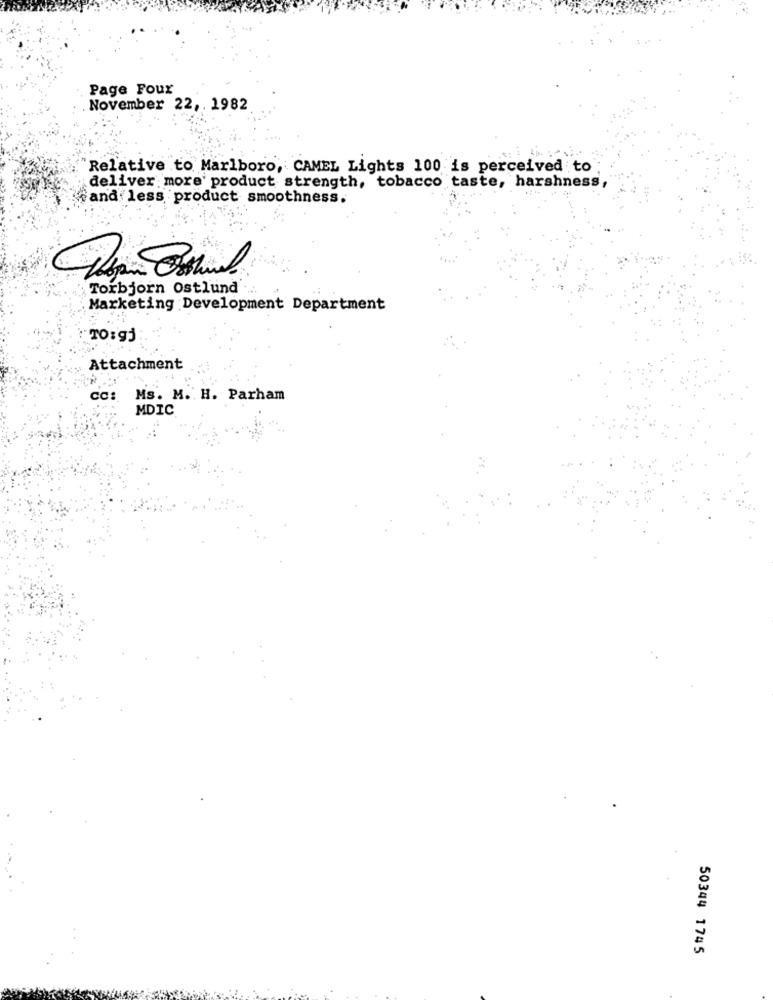
Page Foux
. November 22, . 1982
"Relative to Marlboro, CAMEL Lights 100 is perceived to
deliver more product strength, tobacco taste, harshness,
cand less product smoothness.
Torbjorn Ostlund'
Marketing Development Department
TO:gj
Attachment
cc: Ms. M. H. Parham
MDIC
50344 1745